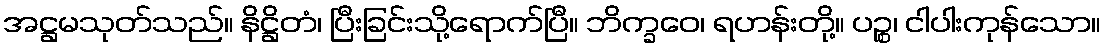
အဋ္ဌမသုတ်သည်။ နိဋ္ဌိတံ၊ ပြီးခြင်းသို့ရောက်ပြီ။ ဘိက္ခဝေ၊ ရဟန်းတို့။ ပဉ္စ၊ ငါပါးကုန်သော။